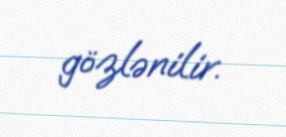
gözlənilir.